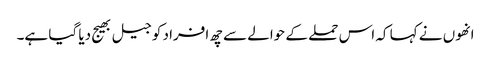
انھوں نے کہا کہ اس حملے کے حوالے سے چھ افراد کو جیل بھیج دیا گیا ہے۔